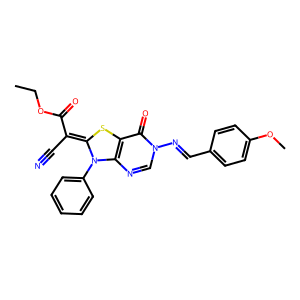
SMILES: CCOC(=O)C(C#N)=C1Sc2c(ncn(N=Cc3ccc(OC)cc3)c2=O)N1c1ccccc1
Inhibits HIV replication: No